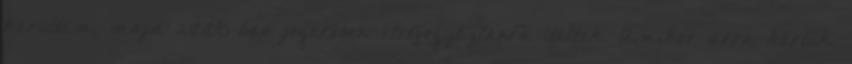
kerültem, majd 2008-ban jogerősen életfogytiglanra ítéltek. Amikor arra kértük,